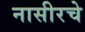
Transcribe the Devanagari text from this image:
नासीरचे